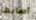
أصابها